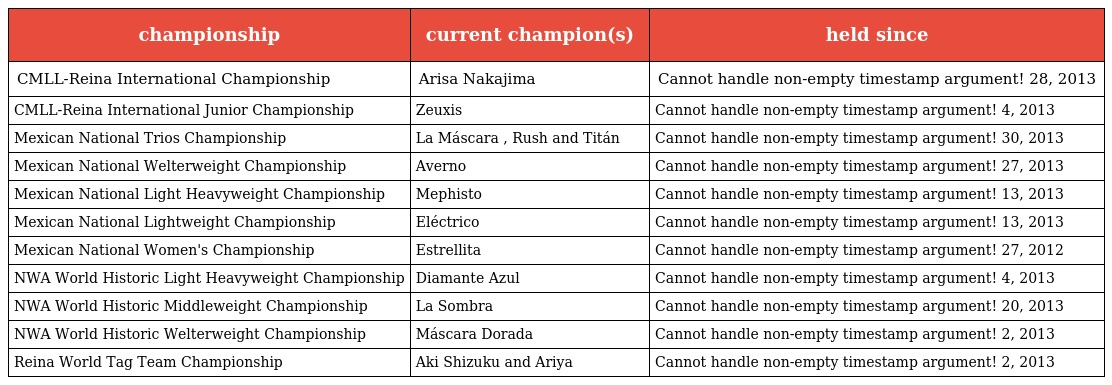
| championship | current champion(s) | held since |
 | --- | --- | --- |
 | CMLL-Reina International Championship | Arisa Nakajima | Cannot handle non-empty timestamp argument! 28, 2013 |
 | CMLL-Reina International Junior Championship | Zeuxis | Cannot handle non-empty timestamp argument! 4, 2013 |
 | Mexican National Trios Championship | La Máscara , Rush and Titán | Cannot handle non-empty timestamp argument! 30, 2013 |
 | Mexican National Welterweight Championship | Averno | Cannot handle non-empty timestamp argument! 27, 2013 |
 | Mexican National Light Heavyweight Championship | Mephisto | Cannot handle non-empty timestamp argument! 13, 2013 |
 | Mexican National Lightweight Championship | Eléctrico | Cannot handle non-empty timestamp argument! 13, 2013 |
 | Mexican National Women's Championship | Estrellita | Cannot handle non-empty timestamp argument! 27, 2012 |
 | NWA World Historic Light Heavyweight Championship | Diamante Azul | Cannot handle non-empty timestamp argument! 4, 2013 |
 | NWA World Historic Middleweight Championship | La Sombra | Cannot handle non-empty timestamp argument! 20, 2013 |
 | NWA World Historic Welterweight Championship | Máscara Dorada | Cannot handle non-empty timestamp argument! 2, 2013 |
 | Reina World Tag Team Championship | Aki Shizuku and Ariya | Cannot handle non-empty timestamp argument! 2, 2013 |